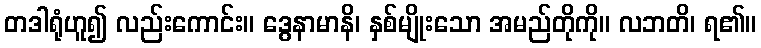
တဒါရုံဟူ၍ လည်းကောင်း။ ဒွေနာမာနိ၊ နှစ်မျိုးသော အမည်တိုကို။ လဘတိ၊ ရ၏။